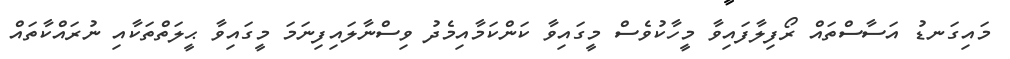
މައިގަނޑު އަސާސްތައް ރޯފިލާފައިވާ މީހާކުވެސް މީގައިވާ ކަންކަމާއިމެދު ވިސްނާލައިފިނަމަ މީގައިވާ ޙީލަތްތަކާއި ނުރައްކާތައް